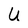
Character: U